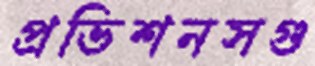
প্রভিশনসগু